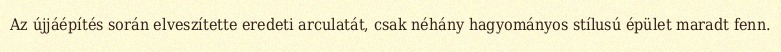
Az újjáépítés során elveszítette eredeti arculatát, csak néhány hagyományos stílusú épület maradt fenn.